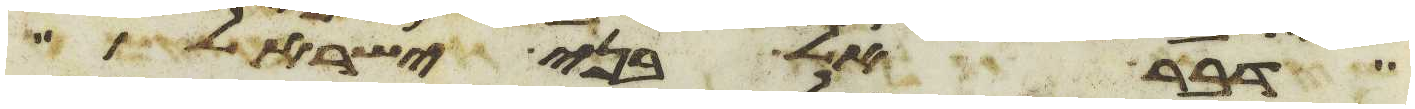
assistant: דבר אל בני ישראל